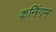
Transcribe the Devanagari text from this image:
कनिंगम